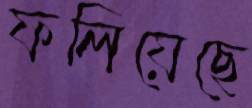
ফলিয়েছে